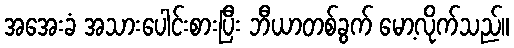
အအေးခံ အသားပေါင်းစားပြီး ဘီယာတစ်ခွက် မော့လိုက်သည်။